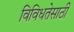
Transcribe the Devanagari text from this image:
विविधतेसाठी